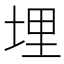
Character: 埋